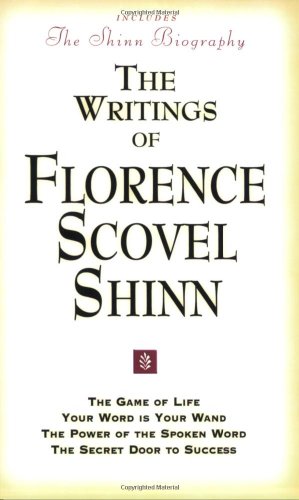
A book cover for The Writings of Florence Scovel Shinn (Includes The Shinn Biography): The Game of Life/ Your Word Is Your Wand/ The Power of the Spoken Word/ The Secret Door to Success; Florence Scovel Shinn; Politics & Social Sciences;